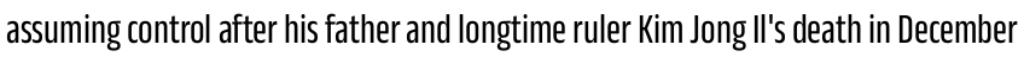
assuming control after his father and longtime ruler Kim Jong Il's death in December